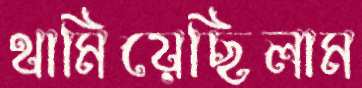
থামিয়েছিলাম